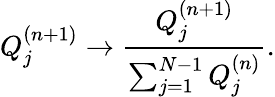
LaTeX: Q_{j}^{(n+1)}\to\frac{Q_{j}^{(n+1)}}{\sum_{j=1}^{N-1}Q_{j}^{(n)}}.